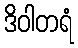
ဒိဝါတရံ